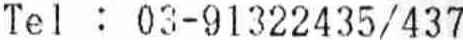
TEL : 03-91322435/437